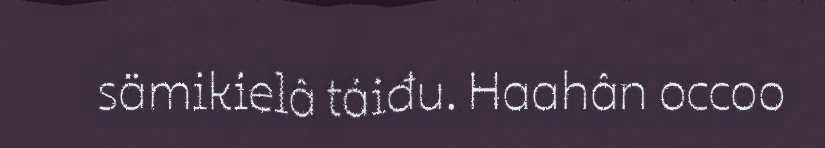
sämikielâ táiđu. Haahân occoo